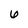
Character: 6